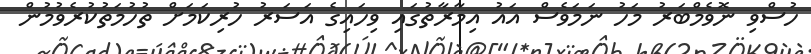
ހުސްވި ނޮވެމްބަރު މަހު ނަމަވެސް އައު އިމާރާތުގައި ވިހައިގެ އަސަރު ހުރިކަމަށް ތުހުމަތުކުރެވުމުން